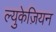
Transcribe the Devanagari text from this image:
ल्युकेज़ियन